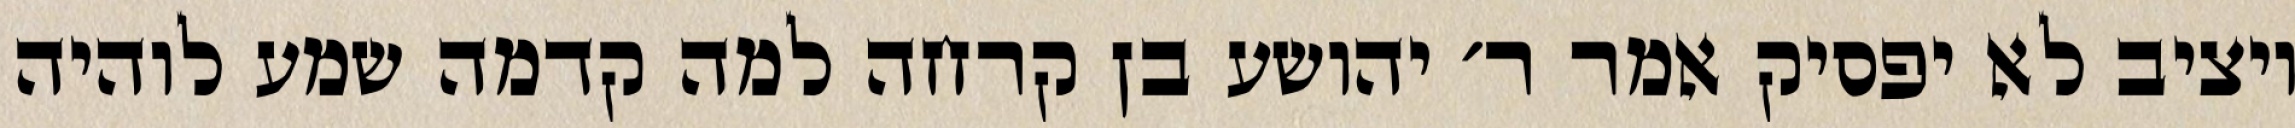
ויציב לא יפסיק אמר ר׳ יהושע בן קרחה למה קדמה שמע לוהיה